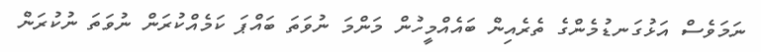
ނަމަވެސް އަޅުގަނޑުމެންގެ ތެރެއިން ބައެއްމީހުން މަންމަ ނުވަތަ ބައްޕަ ކަމެއްކުރަން ނުވަތަ ނުކުރަން